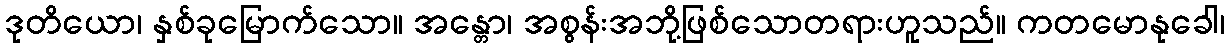
ဒုတိယော၊ နှစ်ခုမြောက်သော။ အန္တော၊ အစွန်းအဘို့ဖြစ်သောတရားဟူသည်။ ကတမောနုခေါ၊